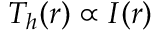
T _ { h } ( r ) \propto I ( r )